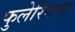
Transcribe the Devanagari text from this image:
फुलेरिनचा